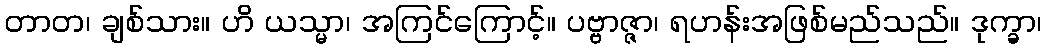
တာတ၊ ချစ်သား။ ဟိ ယသ္မာ၊ အကြင်ကြောင့်။ ပဗ္ဗာဇ္ဇာ၊ ရဟန်းအဖြစ်မည်သည်။ ဒုက္ခာ၊